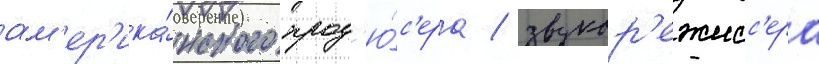
ам'ер'ика́нского прод'ю́с'ера / звукор'ежисс'ера